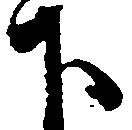
下